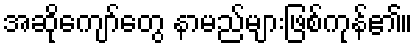
အဆိုကျော်တွေ နာမည်များဖြစ်ကုန်၏။